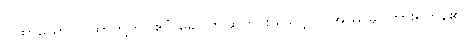
ဂါထာယော၊ ဂါထာတို့ကို။ ဧဝံ ခေါ၊ ဤဆိုတိုင်းသာလျှင်။ အဿုမှ၊ ကြားရကုန်၏။